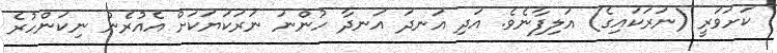
ކަށަވަރީ (ނަރަކައިގެ) އަލިފާނެވެ. އަދި އަނދަ އަނދާާ ހުންނަ ނަރަކަޔަކަށް އެއުރެން ނިކަންހުރެ